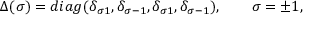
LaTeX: \Delta ( \sigma ) = d i a g ( \delta _ { \sigma 1 } , \delta _ { \sigma - 1 } , \delta _ { \sigma 1 } , \delta _ { \sigma - 1 } ) , \qquad \sigma = \pm 1 ,